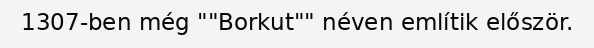
1307-ben még ""Borkut"" néven említik először.